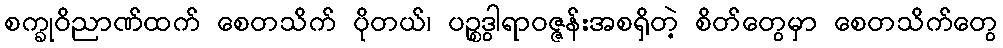
စက္ခုဝိညာဏ်ထက် စေတသိက် ပိုတယ်၊ ပဉ္စဒွါရာဝဇ္ဇန်းအစရှိတဲ့ စိတ်တွေမှာ စေတသိက်တွေ